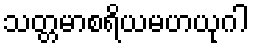
သတ္တမာစရိယမဟယုဂါ